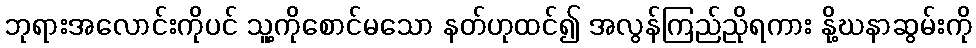
ဘုရားအလောင်းကိုပင် သူ့ကိုစောင်မသော နတ်ဟုထင်၍ အလွန်ကြည်ညိုရကား နို့ဃနာဆွမ်းကို